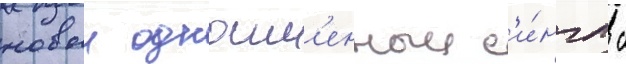
новыи одноим'енныи с'и́нгл с